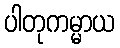
ပါတုကမ္မာယ